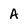
Character: A